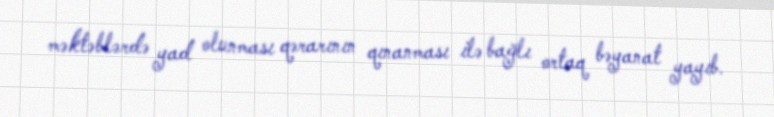
məktəblərdə yad olunması qərarının qınanması ilə bağlı ortaq bəyanat yayıb.